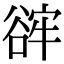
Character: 䜮